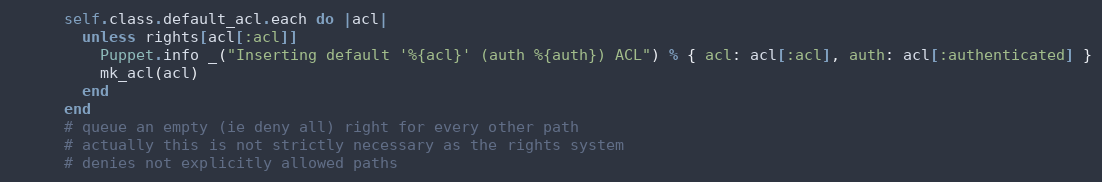
Language: Ruby
      self.class.default_acl.each do |acl|
        unless rights[acl[:acl]]
          Puppet.info _("Inserting default '%{acl}' (auth %{auth}) ACL") % { acl: acl[:acl], auth: acl[:authenticated] }
          mk_acl(acl)
        end
      end
      # queue an empty (ie deny all) right for every other path
      # actually this is not strictly necessary as the rights system
      # denies not explicitly allowed paths